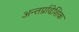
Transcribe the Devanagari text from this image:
अन्तर्प्रादेशिक